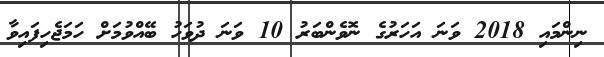
ނިންމައި 2018 ވަނަ އަހަރުގެ ނޮވެންބަރު 10 ވަނަ ދުވަހު ބޭއްވުމަށް ހަމަޖެހިފައިވާ